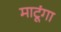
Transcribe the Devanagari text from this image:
माटूंगा